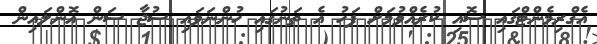
އެގްރިމެންޓްގައި ސޮއި ކުރެއްވުމަށް ފަހު އެ ތަނުގައި ހުންނަވައި ސުޖާ ސަން އޮންލައިން